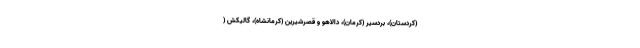
(کردستان)، بردسیر (کرمان)، دالاهو و قصرشیرین (کرمانشاه)، گالیکش (